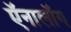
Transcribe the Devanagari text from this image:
ऍनालॉग